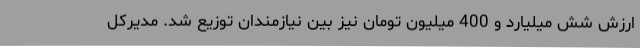
ارزش شش میلیارد و 400 میلیون تومان نیز بین نیازمندان توزیع شد. مدیرکل